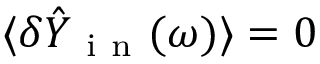
\langle \delta \hat { Y } _ { \mathrm { ~ i ~ n ~ } } ( \omega ) \rangle = 0